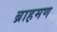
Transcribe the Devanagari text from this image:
ब्राह़मण